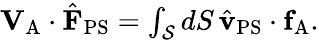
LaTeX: \begin{array}{r}{\mathbf{V}_{\mathrm{A}}\cdot\hat{\mathbf{F}}_{\mathrm{PS}}=\int_{\mathcal{S}}dS\, \hat{\mathbf{v}}_{\mathrm{PS}}\cdot\mathbf{f}_{\mathrm{A}}.}\end{array}